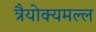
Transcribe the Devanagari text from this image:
त्रैयोक्यमल्ल